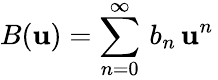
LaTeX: B(\mathbf{u})=\sum_{n=0}^{\infty}\, b_{n}\, \mathbf{u}^{n}\,